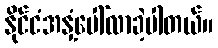
နိုင်ငံအနှံ့ပေါ်လာခဲ့ပါတယ်။